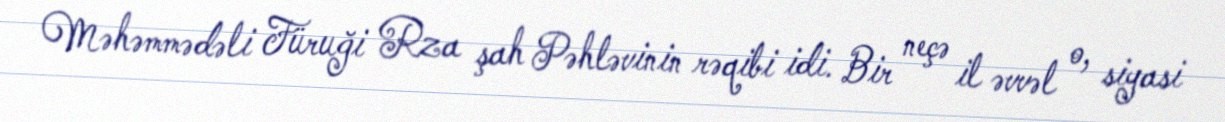
Məhəmmədəli Füruği Rza şah Pəhləvinin rəqibi idi. Bir neçə il əvvəl o, siyasi